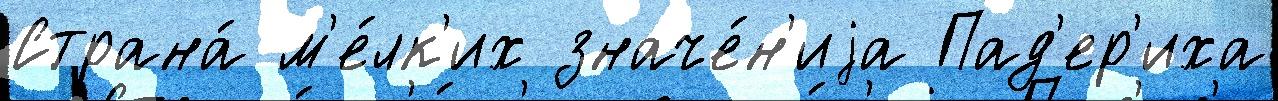
Страна́ м'е́лк'их значе́н'иjа Пад'ер'иха